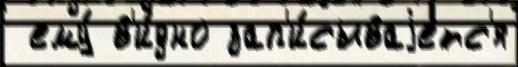
 ему́ в'и́дно зап'и́сываjетс'я